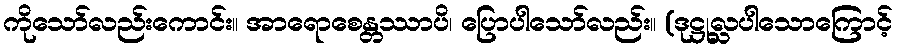
ကိုသော်လည်းကောင်း။ အာရောစေန္တဿာပိ၊ ပြောပါသော်လည်း။ (ဒုဋ္ဌုလ္လပါသောကြောင့်